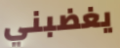
يغضبني